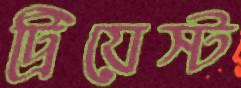
ট্রিয়েস্ট